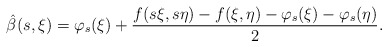
\begin{align*} \hat\beta(s,\xi)=\varphi_s(\xi)+\frac{f(s\xi,s\eta)-f(\xi,\eta)-\varphi_s(\xi)-\varphi_s(\eta)}{2}.\end{align*}